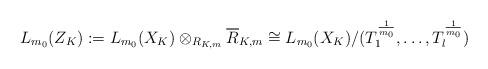
LaTeX: \begin{align*} L_{m_0}(Z_K) := L_{m_0}(X_K) \otimes_{R_{K, m}} \overline{R}_{K, m} \cong L_{m_0}(X_K) / (T_1^{\frac{1}{m_0}}, \ldots, T_l^{\frac{1}{m_0}})\end{align*}